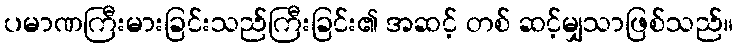
ပမာဏကြီးမားခြင်းသည်ကြီးခြင်း၏ အဆင့် တစ် ဆင့်မျှသာဖြစ်သည်။